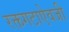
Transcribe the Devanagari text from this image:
रक्तगटाऐवजी